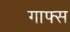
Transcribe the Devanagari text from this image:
गाफ्स